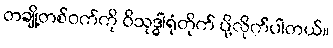
တချို့တစ်ဝက်ကို ဝိသုဒ္ဓါရုံတိုက် ပို့လိုက်ပါတယ်။